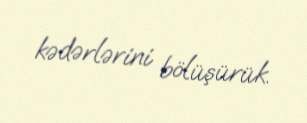
kədərlərini bölüşürük.